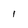
Character: I